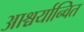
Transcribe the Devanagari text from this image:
आश्चर्यान्वित